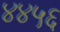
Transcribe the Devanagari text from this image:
४४५६